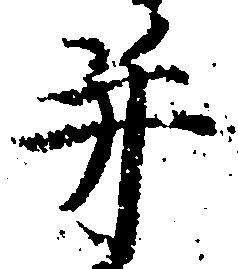
并